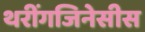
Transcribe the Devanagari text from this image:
थरींगजिनेसीस